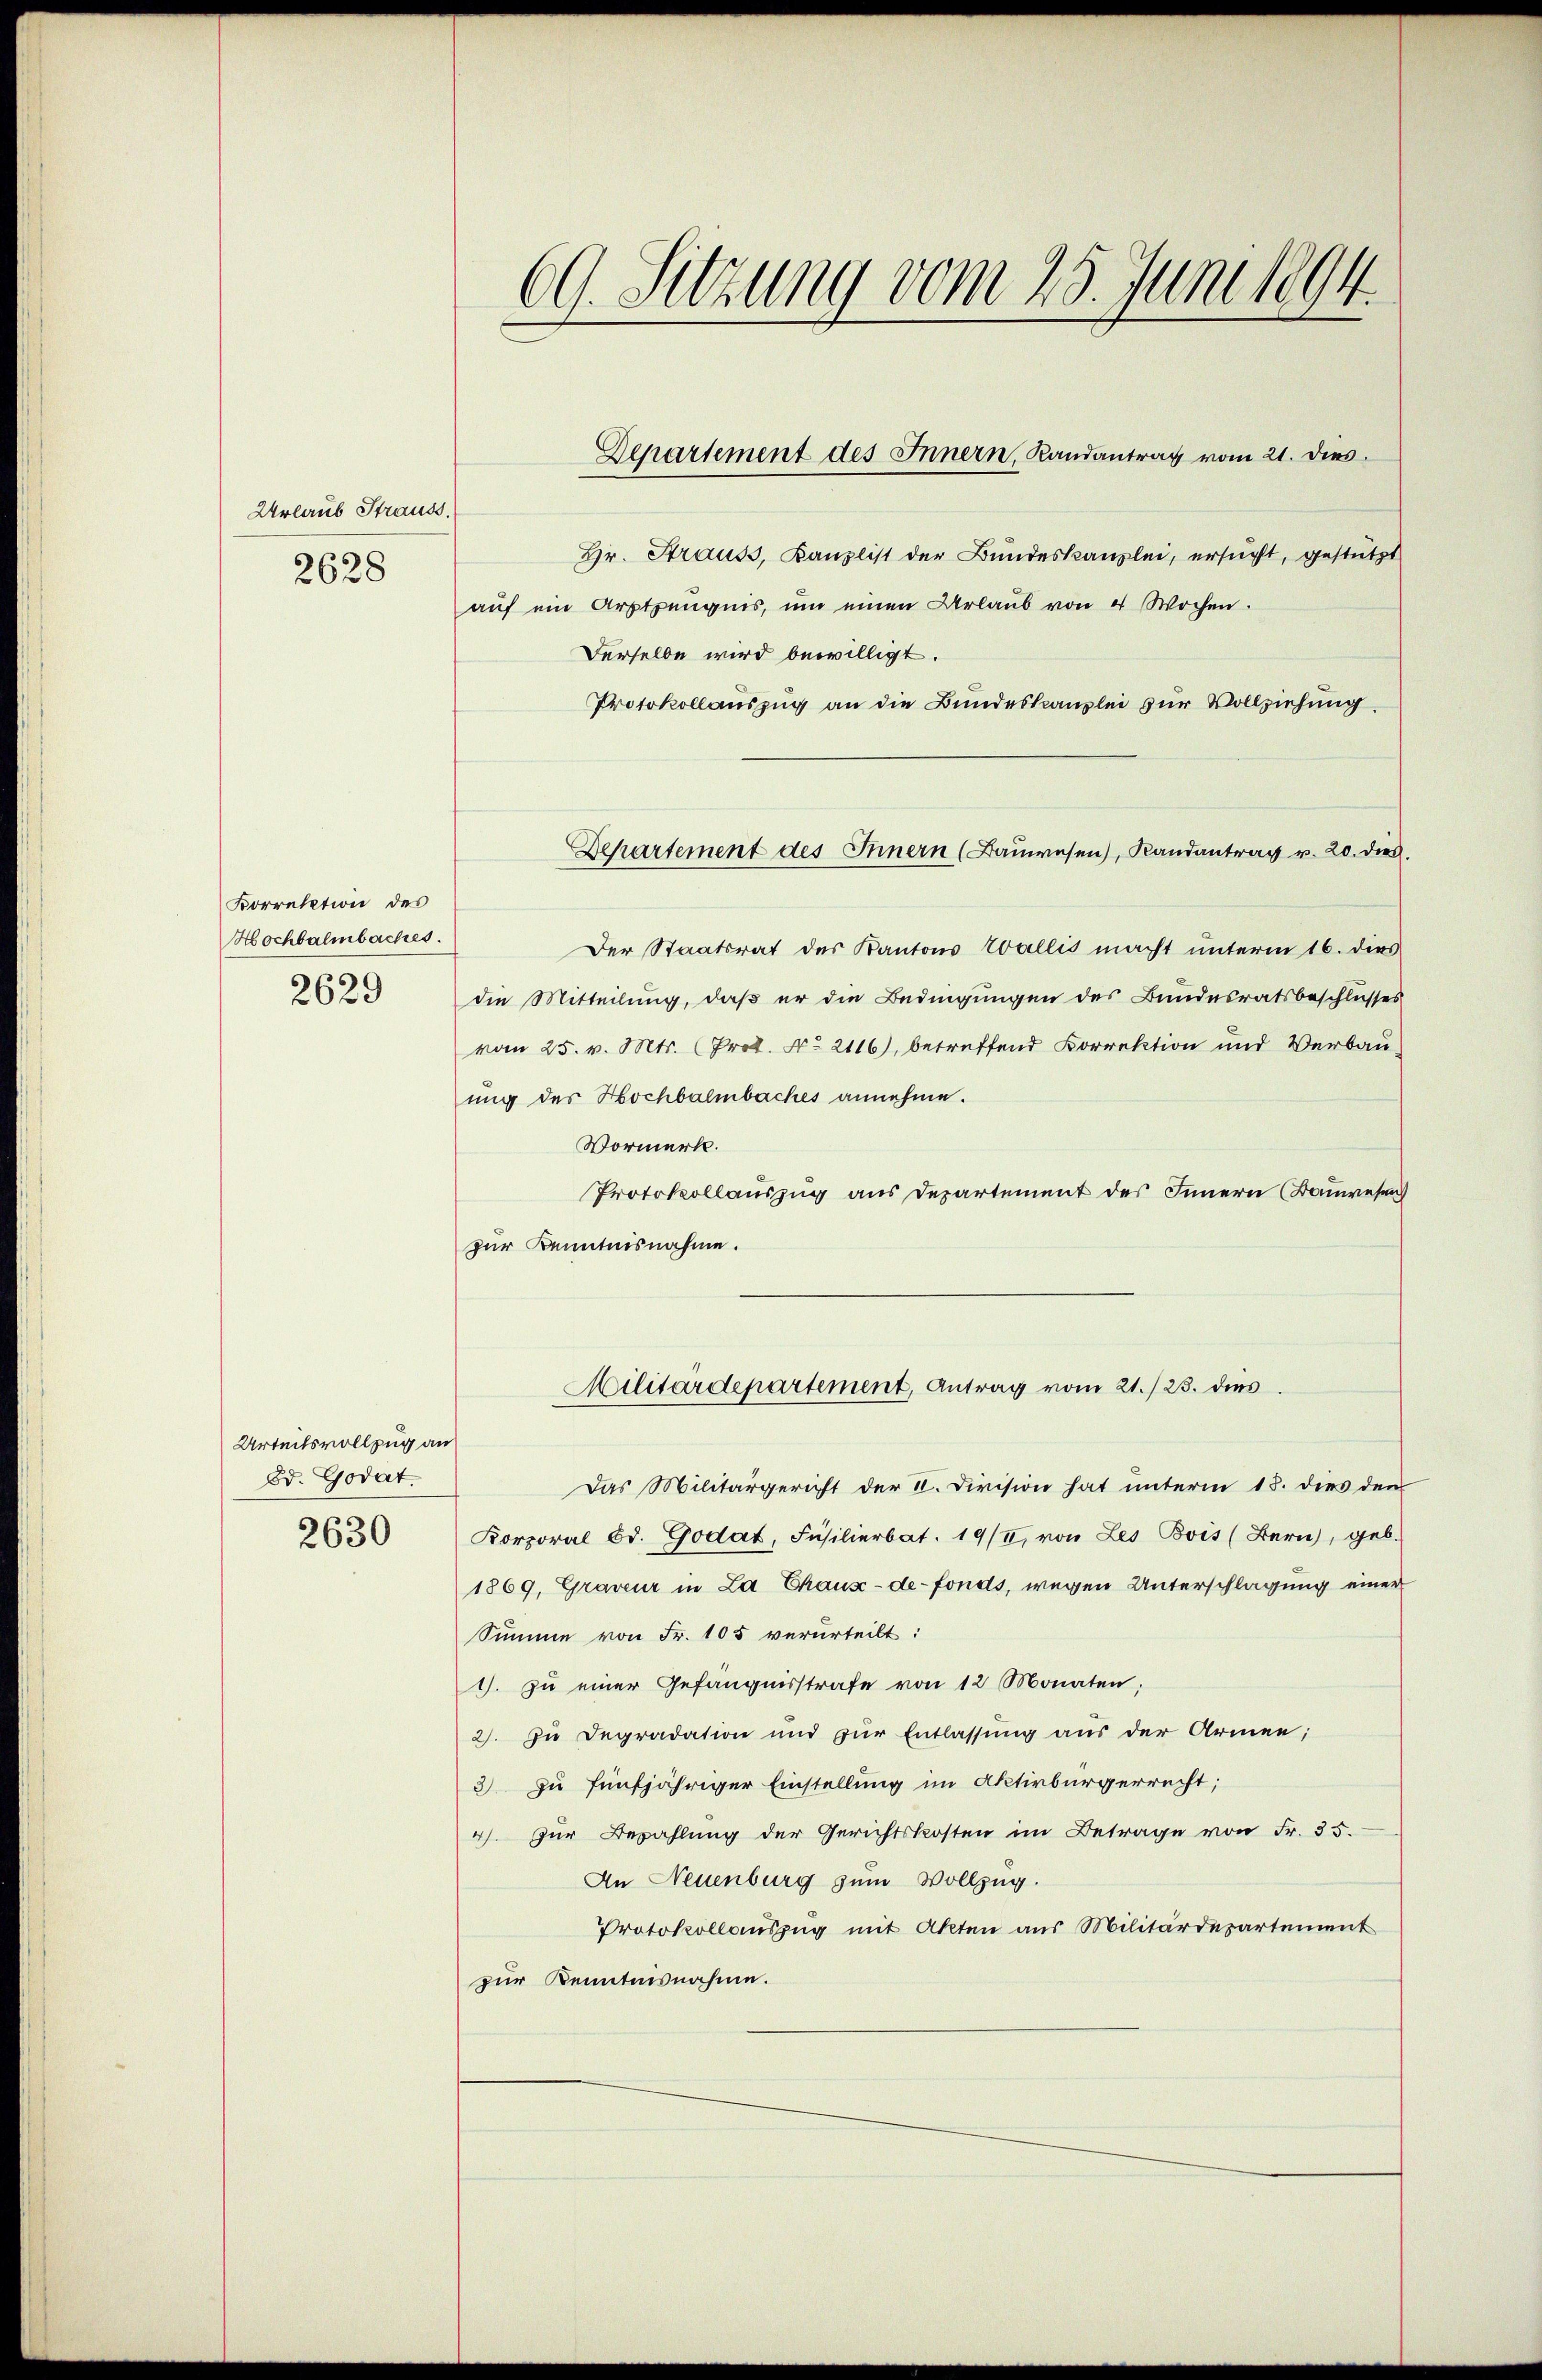
Urlaub Strauss
2628

Korrektion des
Hochbalmbaches.
2629

Urteilsvollzug an
Dd. Godat.
2630

69. Sitzung vom 25. Juni 1894.

Hr. Strauss, Kanzlist der Bundeskanzlei, ersucht, gestützt
aŭf ein Arztzeŭgnis, um einen Urlaŭb von 4 Wochen.
Derselbe wird bewilligt.
Protokollauszug an die Bundeskanzlei zur Vollziehung.
Der Staatsrat des Kantons Wallis macht unterm 16. dies
die Mitteilung, daß er die Bedingungen des Bundesratsbeschlusses
vom 25. v. Mts. (Prot. No 2116), betreffend Korrektion und Verbauung des Hochbalmbaches annehme.
Vormerk.
Protokollauszug aus Departement des Innern (Bauwesen
zur Kenntnisnahme.
Militärdepartement, Antrag vom 21./23. dies
Das Militärgericht der II. Division hat unterm 18. dies den
Korporal od. Godat, Füsilierbat. 19/I, von Les Bois (Bern, geb.
1869, Graveur in La Chaux-de-Fonds, wegen Unterschlagung einer
Summe von Fr. 105 verurteilt:
1. zŭ einer Gefängnisstrafe von 12 Monaten;
2). Zu Degradation und zur Entlassung aus der Armen;
3) zu fünfjähriger Einstellung im Aktivbürgerrecht;
4). Zur Bezahlung der Gerichtskosten im Betrage von Fr. 35.
An Neuenburg zum Vollzug.
Protokollauszug mit Akten aus Militärdepartement
zur Kenntnisnahme.

Departement des Innern, Landantrag vom 21. dies

Departement des Innern (Baŭwesen, Randantrag v. 20. dies